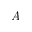
A